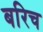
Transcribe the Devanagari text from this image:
बरिच